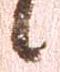
候